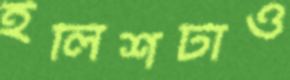
ইলিশটাও